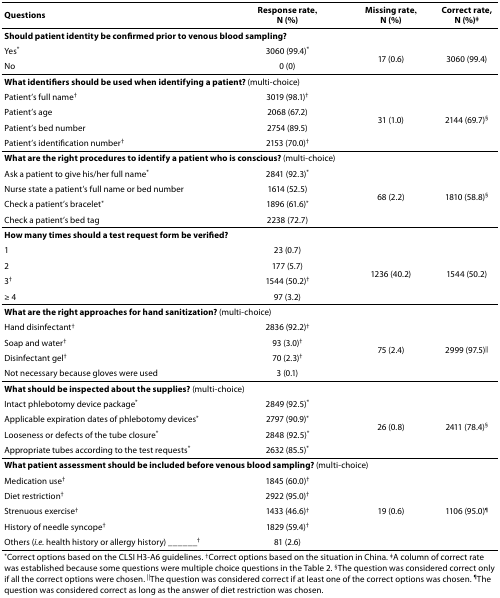
<table><thead><tr><td><b>Questions</b></td><td><b>Response rate,N (%)</b></td><td><b>Missing rate,N (%)</b></td><td><b>Correct rate,N (%)<sup>‡</sup></b></td></tr></thead><tbody><tr><td colspan="4"><b>Should patient identity be confirmed prior to venous blood sampling?</b></td></tr><tr><td>Yes*</td><td>3060 (99.4)*</td><td rowspan="2">17 (0.6)</td><td rowspan="2">3060 (99.4)</td></tr><tr><td>No</td><td>0 (0)</td></tr><tr><td colspan="4"><b>What identifiers should be used when identifying a patient?</b> (multi-choice)</td></tr><tr><td>Patient’s full name<sup>†</sup></td><td>3019 (98.1)<sup>†</sup></td><td rowspan="4">31 (1.0)</td><td rowspan="4">2144 (69.7)<sup>§</sup></td></tr><tr><td>Patient’s age</td><td>2068 (67.2)</td></tr><tr><td>Patient’s bed number</td><td>2754 (89.5)</td></tr><tr><td>Patient’s identification number<sup>†</sup></td><td>2153 (70.0)<sup>†</sup></td></tr><tr><td colspan="4"><b>What are the right procedures to identify a patient who is conscious?</b> (multi-choice)</td></tr><tr><td>Ask a patient to give his/her full name*</td><td>2841 (92.3)*</td><td rowspan="4">68 (2.2)</td><td rowspan="4">1810 (58.8)<sup>§</sup></td></tr><tr><td>Nurse state a patient’s full name or bed number</td><td>1614 (52.5)</td></tr><tr><td>Check a patient’s bracelet*</td><td>1896 (61.6)*</td></tr><tr><td>Check a patient’s bed tag</td><td>2238 (72.7)</td></tr><tr><td colspan="4"><b>How many times should a test request form be verified?</b></td></tr><tr><td>1</td><td>23 (0.7)</td><td rowspan="4">1236 (40.2)</td><td rowspan="4">1544 (50.2)</td></tr><tr><td>2</td><td>177 (5.7)</td></tr><tr><td>3<sup>†</sup></td><td>1544 (50.2)<sup>†</sup></td></tr><tr><td>≥ 4</td><td>97 (3.2)</td></tr><tr><td colspan="4"><b>What are the right approaches for hand sanitization?</b> (multi-choice)</td></tr><tr><td>Hand disinfectant<sup>†</sup></td><td>2836 (92.2)<sup>†</sup></td><td rowspan="4">75 (2.4)</td><td rowspan="4">2999 (97.5)<sup>||</sup></td></tr><tr><td>Soap and water<sup>†</sup></td><td>93 (3.0)<sup>†</sup></td></tr><tr><td>Disinfectant gel<sup>†</sup></td><td>70 (2.3)<sup>†</sup></td></tr><tr><td>Not necessary because gloves were used</td><td>3 (0.1)</td></tr><tr><td colspan="4"><b>What should be inspected about the supplies?</b> (multi-choice)</td></tr><tr><td>Intact phlebotomy device package*</td><td>2849 (92.5)*</td><td rowspan="4">26 (0.8)</td><td rowspan="4">2411 (78.4)<sup>§</sup></td></tr><tr><td>Applicable expiration dates of phlebotomy devices*</td><td>2797 (90.9)*</td></tr><tr><td>Looseness or defects of the tube closure*</td><td>2848 (92.5)*</td></tr><tr><td>Appropriate tubes according to the test requests*</td><td>2632 (85.5)*</td></tr><tr><td colspan="4"><b>What patient assessment should be included before venous blood sampling?</b> (multi-choice)</td></tr><tr><td>Medication use<sup>†</sup></td><td>1845 (60.0)<sup>†</sup></td><td rowspan="5">19 (0.6)</td><td rowspan="5">1106 (95.0)</td></tr><tr><td>Diet restriction<sup>†</sup></td><td>2922 (95.0)<sup>†</sup></td></tr><tr><td>Strenuous exercise<sup>†</sup></td><td>1433 (46.6)<sup>†</sup></td></tr><tr><td>History of needle syncope<sup>†</sup></td><td>1829 (59.4)<sup>†</sup></td></tr><tr><td>Others (<i>i.e.</i> health history or allergy history) ______<sup>†</sup></td><td>81 (2.6)</td></tr><tr><td colspan="4">*Correct options based on the CLSI H3-A6 guidelines. <sup>†</sup>Correct options based on the situation in China. <sup>‡</sup>A column of correct rate was established because some questions were multiple choice questions in the Table 2. <sup>§</sup>The question was considered correct only if all the correct options were chosen. <sup>||</sup>The question was considered correct if at least one of the correct options was chosen. <sup>¶</sup>The question was considered correct as long as the answer of diet restriction was chosen.</td></tr></tbody></table>